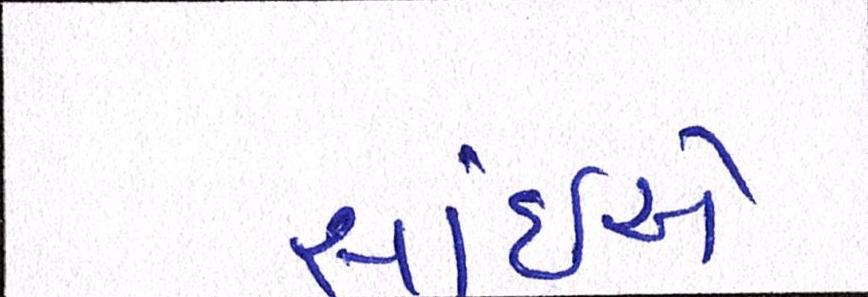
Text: સાંઈએ